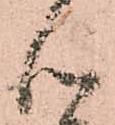
心